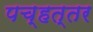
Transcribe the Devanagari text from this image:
पच्हत्तर